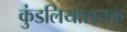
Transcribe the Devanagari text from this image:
कुंडलियाशतक